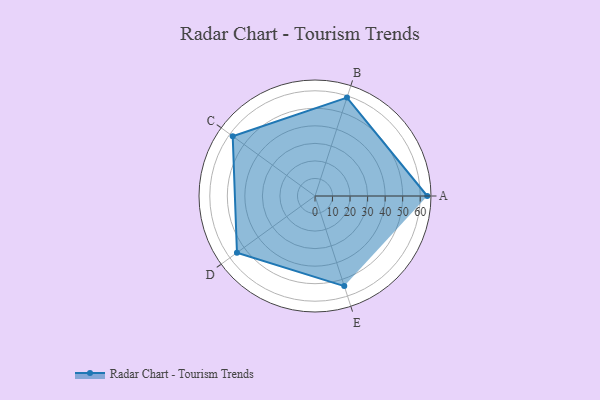
{"axis": {"x": "Skill", "y": "Score"}, "legend": ["Profile"], "data": [{"x": "A", "y": 64.0, "type": "Profile"}, {"x": "B", "y": 59.0, "type": "Profile"}, {"x": "C", "y": 58.0, "type": "Profile"}, {"x": "D", "y": 55.0, "type": "Profile"}, {"x": "E", "y": 54.0, "type": "Profile"}]}